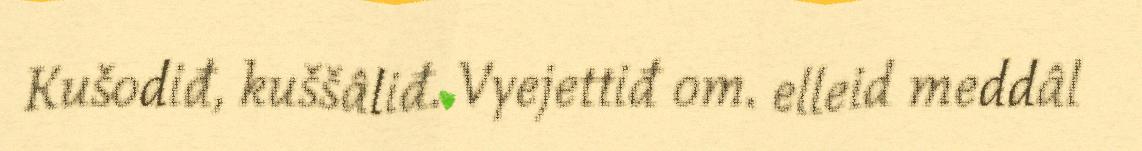
Kušodiđ, kuššâliđ. Vyejettiđ om. elleid meddâl